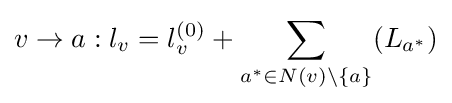
v\to a:l_{v}=l_{v}^{(0)}+\sum _{a^{*}\in N(v)\setminus \{a\}}(L_{a^{*}})